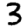
Digit: 3